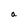
Character: a